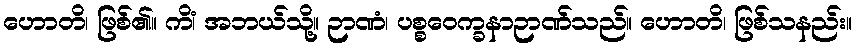
ဟောတိ၊ ဖြစ်၏။ ကိံ၊ အဘယ်သို့။ ဉာဏံ၊ ပစ္စဝေက္ခနာဉာဏ်သည်။ ဟောတိ၊ ဖြစ်သနည်း။